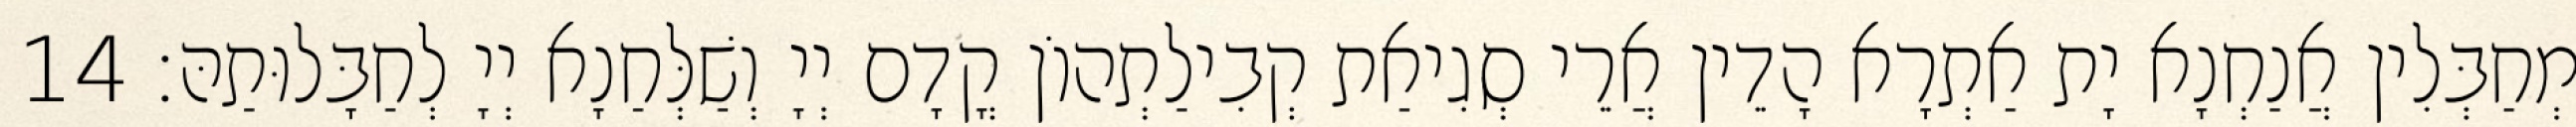
מְחַבְּלִין אֲנַחְנָא יָת אַתְרָא הָדֵין אֲרֵי סְגִיאַת קְבִילַתְהוֹן קֳדָם יְיָ וְשַׁלְּחַנָא יְיָ לְחַבָּלוּתַהּ׃ 14